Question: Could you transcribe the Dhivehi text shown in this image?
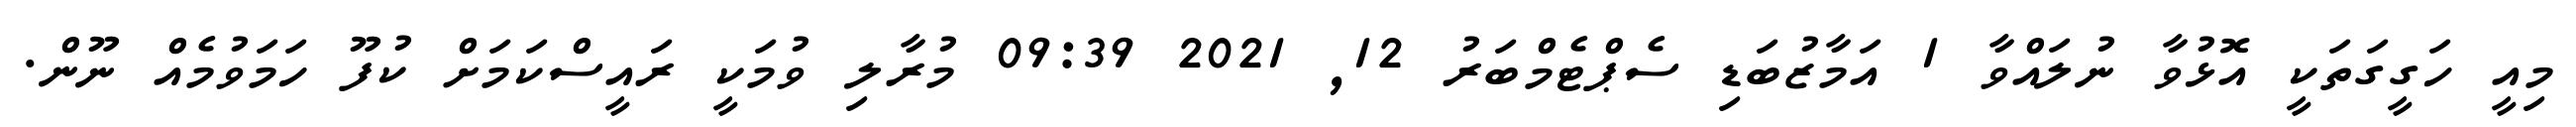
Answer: މިއީ ހަގީގަތަކީ އޮޅުވާ ނުލައްވާ 1 އަމާޒުބަޑި ސެޕްޓެމްބަރު 12, 2021 09:39 މުރާލި ވުމަކީ ރައީސްކަމަށް ކުފޫ ހަމަވުމެއް ނޫން.